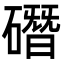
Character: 䃡